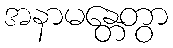
အနာမန္တေတွာ